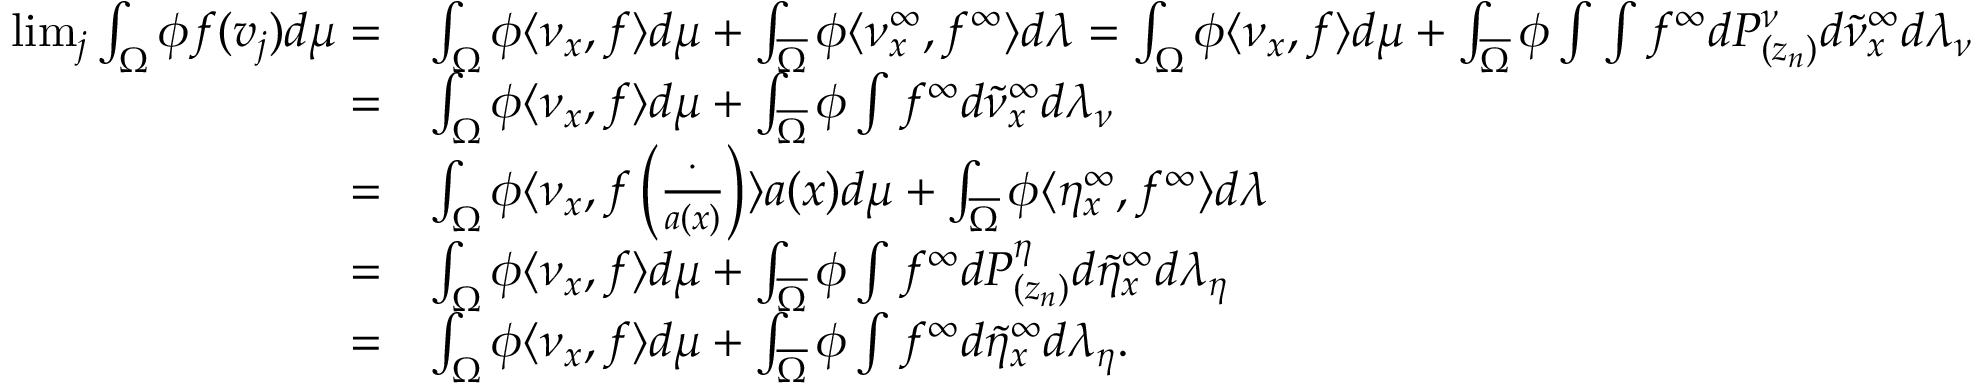
\begin{array} { r l } { \operatorname* { l i m } _ { j } \int _ { \Omega } \phi f ( v _ { j } ) d \mu = } & { \int _ { \Omega } \phi \langle \nu _ { x } , f \rangle d \mu + \int _ { \overline { { \Omega } } } \phi \langle \nu _ { x } ^ { \infty } , f ^ { \infty } \rangle d \lambda = \int _ { \Omega } \phi \langle \nu _ { x } , f \rangle d \mu + \int _ { \overline { { \Omega } } } \phi \int \int f ^ { \infty } d P _ { ( z _ { n } ) } ^ { \nu } d \tilde { \nu } _ { x } ^ { \infty } d \lambda _ { \nu } } \\ { = } & { \int _ { \Omega } \phi \langle \nu _ { x } , f \rangle d \mu + \int _ { \overline { { \Omega } } } \phi \int f ^ { \infty } d \tilde { \nu } _ { x } ^ { \infty } d \lambda _ { \nu } } \\ { = } & { \int _ { \Omega } \phi \langle \nu _ { x } , f \left( \frac { \cdot } { a ( x ) } \right) \rangle a ( x ) d \mu + \int _ { \overline { { \Omega } } } \phi \langle \eta _ { x } ^ { \infty } , f ^ { \infty } \rangle d \lambda } \\ { = } & { \int _ { \Omega } \phi \langle \nu _ { x } , f \rangle d \mu + \int _ { \overline { { \Omega } } } \phi \int f ^ { \infty } d P _ { ( z _ { n } ) } ^ { \eta } d \tilde { \eta } _ { x } ^ { \infty } d \lambda _ { \eta } } \\ { = } & { \int _ { \Omega } \phi \langle \nu _ { x } , f \rangle d \mu + \int _ { \overline { { \Omega } } } \phi \int f ^ { \infty } d \tilde { \eta } _ { x } ^ { \infty } d \lambda _ { \eta } . } \end{array}